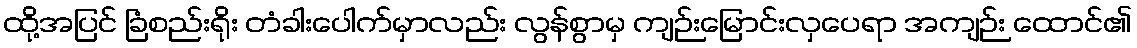
ထို့အပြင် ခြံစည်းရိုး တံခါးပေါက်မှာလည်း လွန်စွာမှ ကျဉ်းမြောင်းလှပေရာ အကျဉ်း ထောင်၏